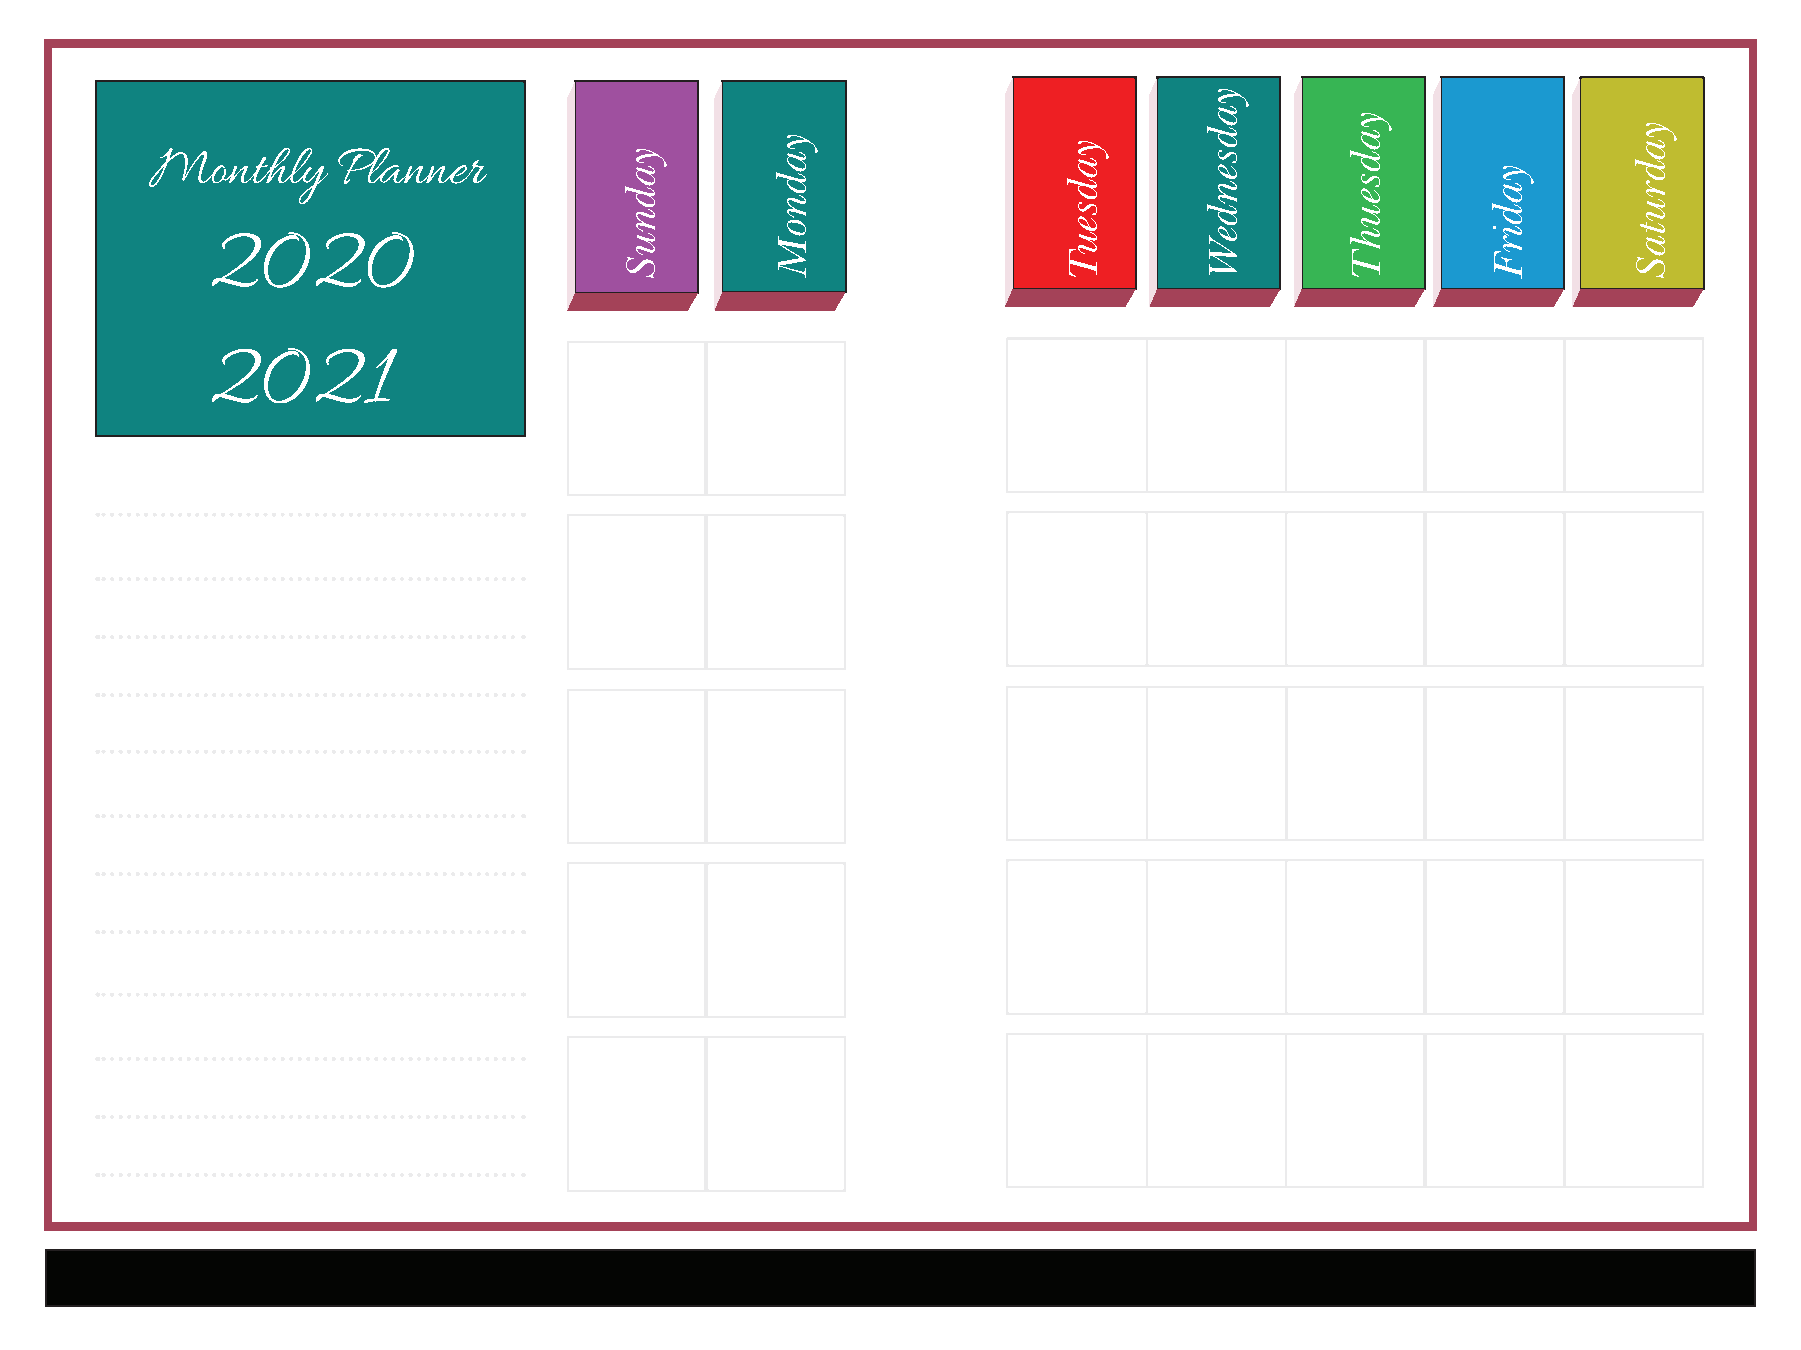
Monthly     Planner
 2020
 2021
 yadnuS
 yadnoM              yadseuT
 yadsendeW
 yadseuhT
 yadirF
 yadrutaS